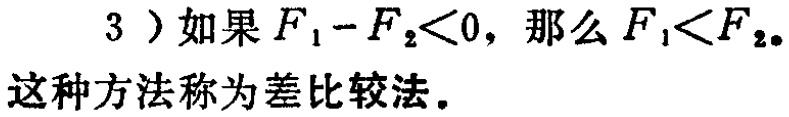
3）如果\(F_1 - F_2<0\)，那么\(F_1<F_2\)。
这种方法称为差比较法。